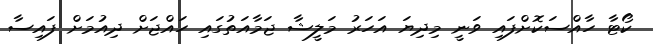
ކޯޓާ ހާއްސަކޮށްފައި ވަނީ މިދިޔަ އަހަރު މަލީޝާ ޖަމާއަތުގައި ހައްޖަށް ދިއުމަށް ފައިސާ